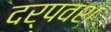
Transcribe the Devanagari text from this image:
दर्पवश